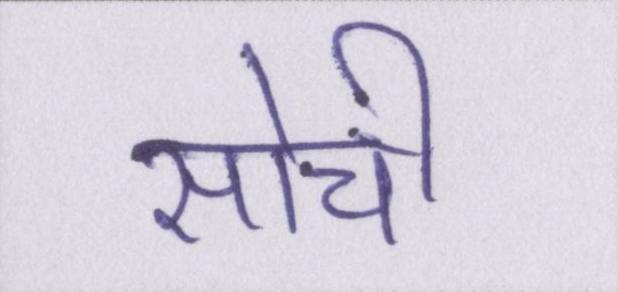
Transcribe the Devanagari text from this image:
सोची